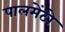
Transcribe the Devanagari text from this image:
पालमेंटो